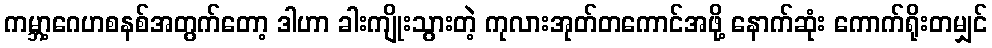
ကမ္ဘာ့ဂေဟစနစ်အတွက်တော့ ဒါဟာ ခါးကျိုးသွားတဲ့ ကုလားအုတ်တကောင်အဖို့ နောက်ဆုံး ကောက်ရိုးတမျှင်